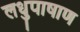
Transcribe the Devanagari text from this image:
लधुपाषाण